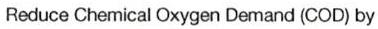
Reduce Chemical Oxygen Demand (COD) by